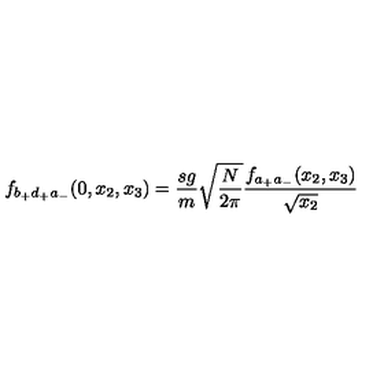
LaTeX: f _ { b _ { + } d _ { + } a _ { - } } ( 0 , x _ { 2 } , x _ { 3 } ) = \frac { s g } { m } \sqrt { \frac { N } { 2 \pi } } \frac { f _ { a _ { + } a _ { - } } ( x _ { 2 } , x _ { 3 } ) } { \sqrt { x _ { 2 } } }